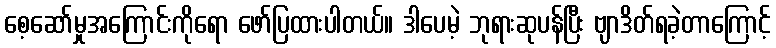
စေ့ဆော်မှုအကြောင်းကိုရော ဖော်ပြထားပါတယ်။ ဒါပေမဲ့ ဘုရားဆုပန်ပြီး ဗျာဒိတ်ရခဲ့တာကြောင့်